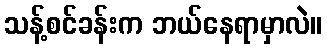
သန့်စင်ခန်းက ဘယ်နေရာမှာလဲ။